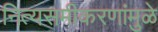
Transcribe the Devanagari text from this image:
नित्यसमीकरणांमुळे